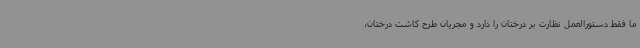
ما فقط دستورالعمل نظارت بر درختان را دارد و مجریان طرح کاشت درختان،